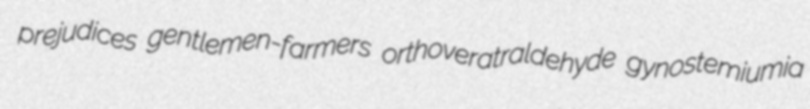
prejudices gentlemen-farmers orthoveratraldehyde gynostemiumia